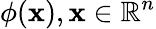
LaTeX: \phi(\mathbf{x}),\mathbf{x}\in\mathbb{R}^{n}